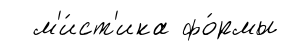
м'и́ст'ика фо́рмы